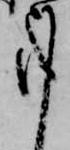
事